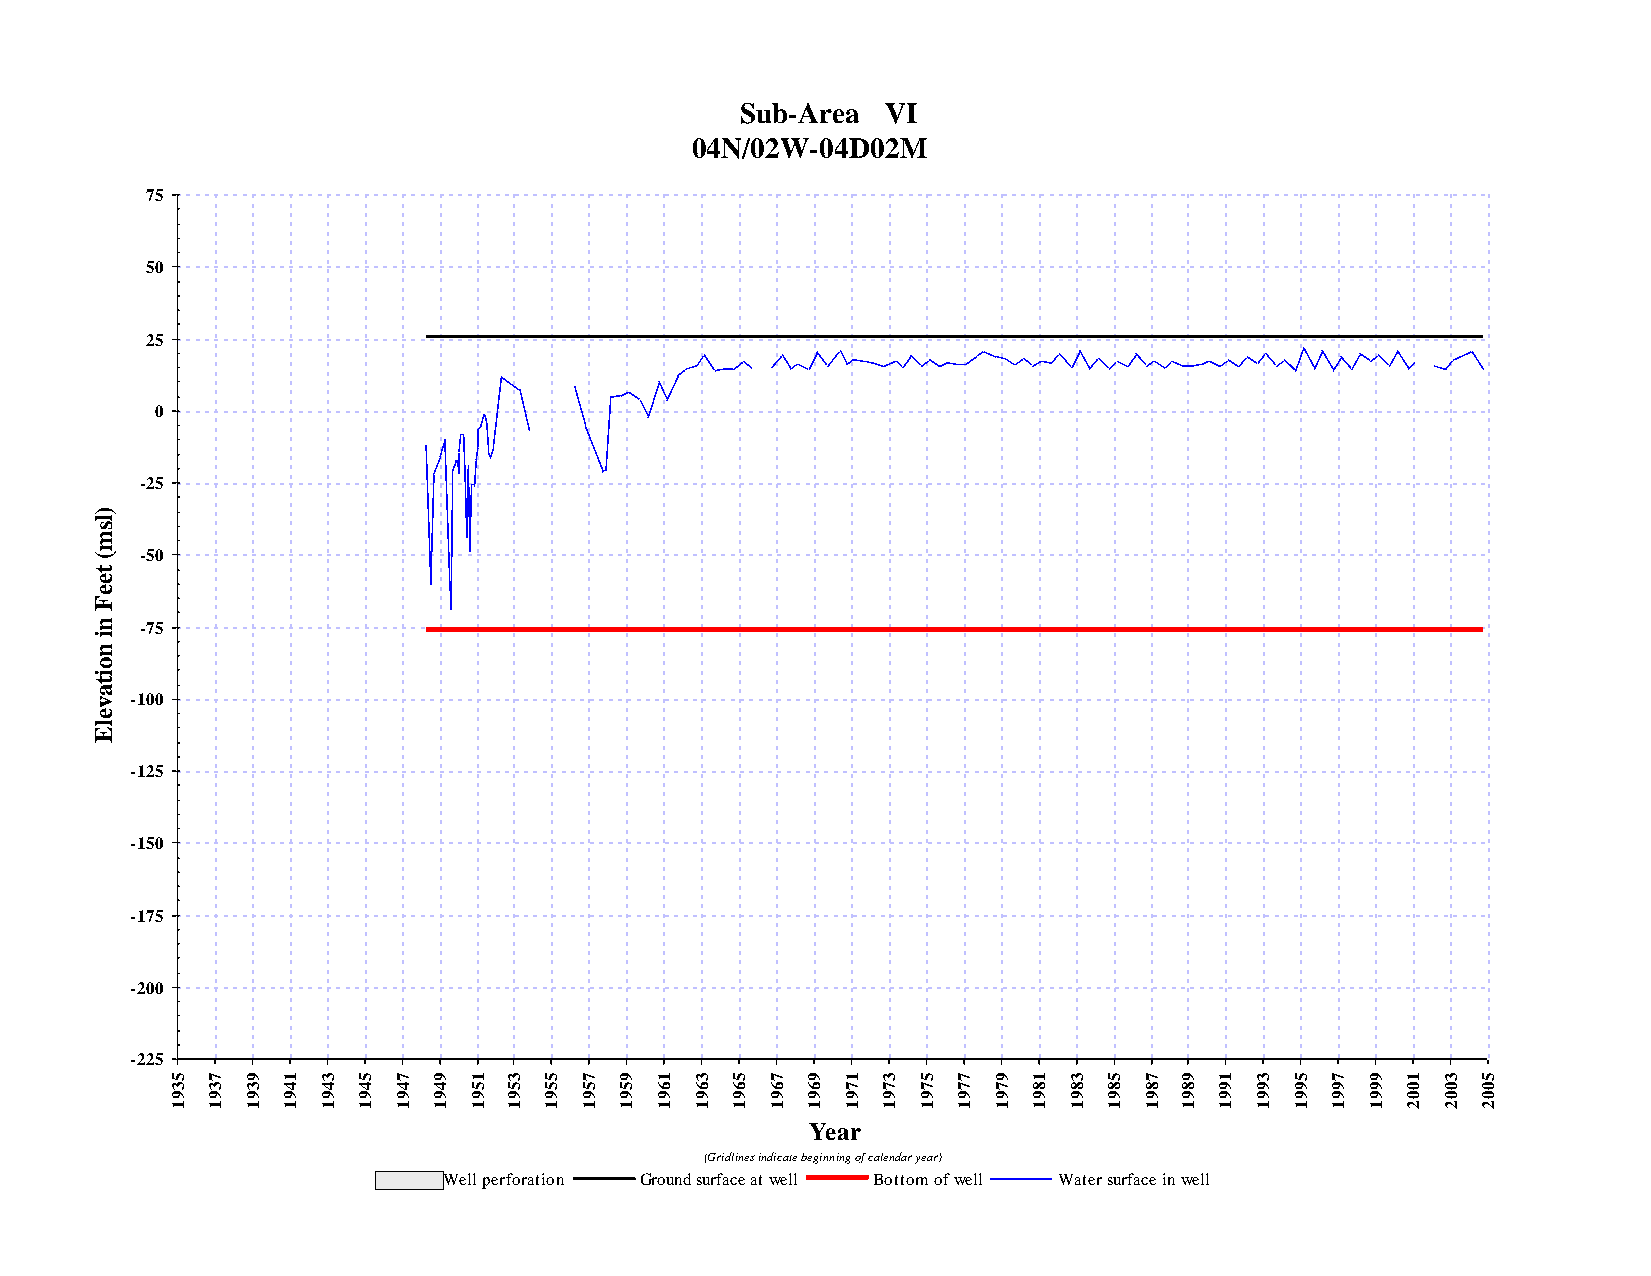
Sub-Area  VI
 04N/02W-04D02M
 75
 50
 25
 0
 -25
 )
 l
 s
 m
 (  -50
 t
 e
 e
 F
 n  -75
 i
 n
 o
 i
 t
 a
 v  -100
 e
 l
 E
 -125
 -150
 -175
 -200
 -225
 5  7 9  1 3  5 7  9 1  3 5 7  9 1  3 5  7 9  1 3  5 7  9 1  3 5  7 9  1 3  5 7  9 1  3 5
 3  3 3  4 4  4 4  4 5  5 5 5  5 6  6 6  6 6  7 7  7 7  7 8  8 8  8 8  9 9  9 9  9 0  0 0
 9  9 9  9 9  9 9  9 9  9 9 9  9 9  9 9  9 9  9 9  9 9  9 9  9 9  9 9  9 9  9 9  9 0  0 0
 1  1 1  1 1  1 1  1 1  1 1 1  1 1  1 1  1 1  1 1  1 1  1 1  1 1  1 1  1 1  1 1  1 2  2 2
 Year
 (Gridlines indicate beginning of calendar year)
 Well perforation Ground surface at well Bottom of well Water surface in well